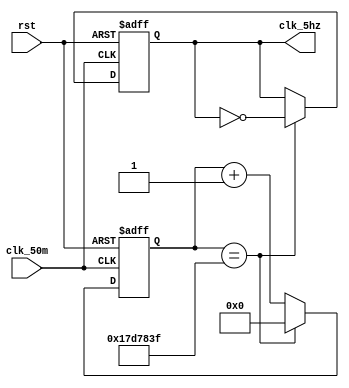
module clk_5hz (clk_50m ,clk_5hz ,rst);
input clk_50m,rst;
output clk_5hz;
reg clk_5hz;
reg [26:0]div_cnt;
always @ (posedge clk_50m or negedge rst)begin
if(!rst)
div_cnt<=27'b0;
else if(div_cnt==24999999)
div_cnt<=27'b0;
else
div_cnt<=div_cnt+1'b1;
end
always @ (posedge clk_50m or negedge rst)begin
if(!rst)
clk_5hz<=1'b0;
else if (div_cnt==24999999)
clk_5hz<=~clk_5hz;
else
clk_5hz<=clk_5hz;
end
endmodule